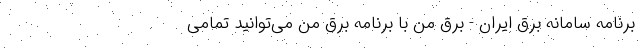
برنامه سامانه برق ایران - برق من با برنامه برق من می‌توانید تمامی